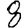
Digit: 8